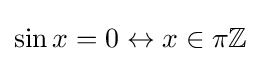
\sin x=0\leftrightarrow x\in \pi \mathbb {Z}